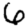
Digit: 6